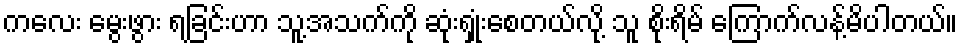
ကလေး မွေးဖွား ရခြင်းဟာ သူ့အသက်ကို ဆုံးရှုံးစေတယ်လို့ သူ စိုးရိမ် ကြောက်လန့်မိပါတယ်။